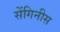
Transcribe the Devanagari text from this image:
सेंगिनीस